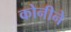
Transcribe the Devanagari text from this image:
कोनीने